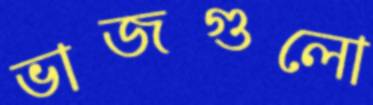
ভাজগুলো